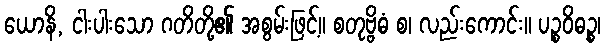
ယောနိ, ငါးပါးသော ဂတိတို့၏ အစွမ်းဖြင့်။ စတုဗ္ဗိဓံ စ၊ လည်းကောင်း။ ပဉ္စဝိဓဉ္စ၊